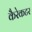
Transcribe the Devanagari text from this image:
कैरेकटर